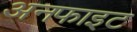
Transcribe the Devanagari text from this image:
अनफाइट